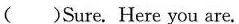
( )Sure. Here you are.